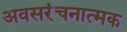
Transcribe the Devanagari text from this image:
अवसरंचनात्मक